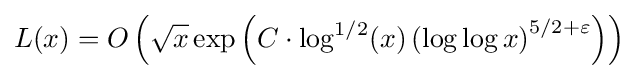
L(x)=O\left({\sqrt {x}}\exp \left(C\cdot \log ^{1/2}(x)\left(\log \log x\right)^{5/2+\varepsilon }\right)\right)